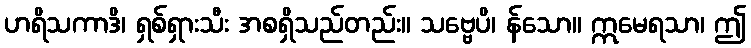
ဟရိသကာဒိ၊ ရှစ်ရှားသီး အစရှိသည်တည်း။ သဗ္ဗေပိ၊ န်သော။ ဣမေရသာ၊ ဤ